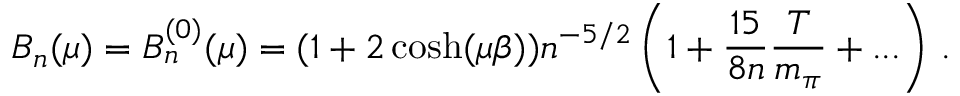
B _ { n } ( \mu ) = B _ { n } ^ { ( 0 ) } ( \mu ) = ( 1 + 2 \cosh ( \mu \beta ) ) n ^ { - 5 / 2 } \left( 1 + \frac { 1 5 } { 8 n } \frac { T } { m _ { \pi } } + . . . \right) \, .